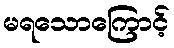
မရသောကြောင့်